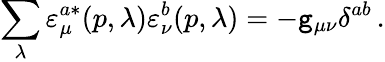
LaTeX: \sum_{\lambda}\varepsilon_{\mu}^{a\ast}(p,\lambda)\varepsilon_{\nu}^{b}(p,\lambda)=-\mathtt{g}_{\mu\nu}\delta^{ab}\, .